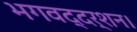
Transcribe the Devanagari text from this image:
भगवद्दर्शन।